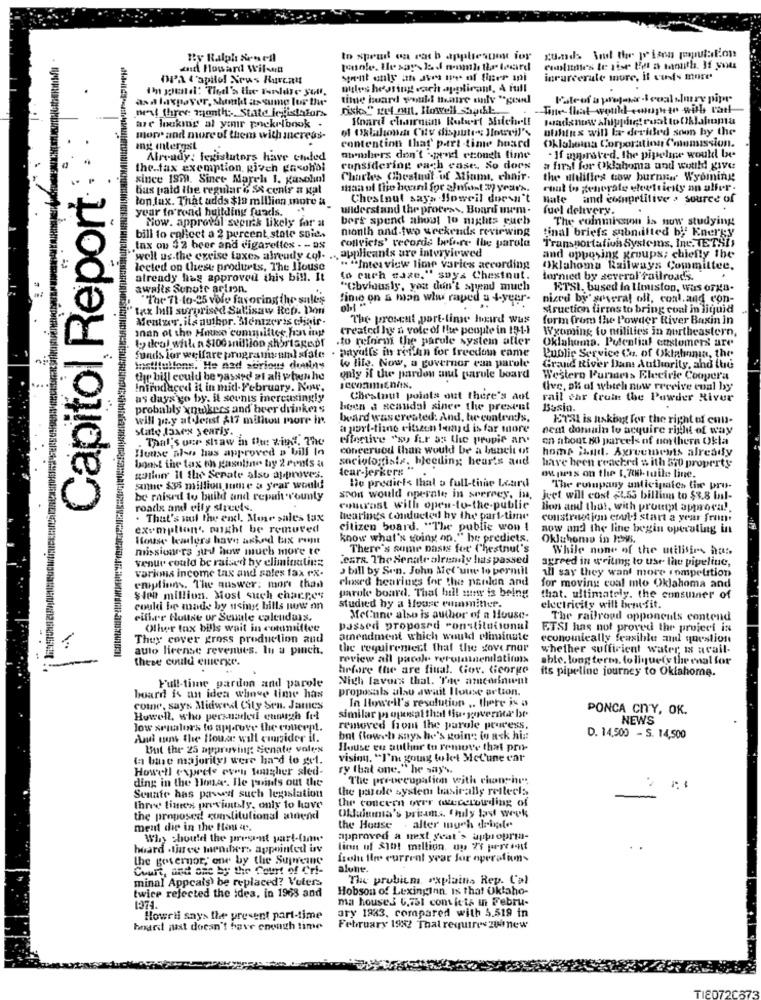
By Ralph Senell
to sprud on rath appliesgost for
guds Soud the prison population
and Howard Wil-en
OP'A l'apilol News Ruveau
inrurcerale mure, il cuts more
Ihn gend: Tied's the Tanlite soll,
oules heating vacht applicant, A full
.
axa laxpayer, shimtid assume for the'
time huard would nentre enly "goud
nedt three months State legistafors
Board chairman Rulvert Shiche !!
loadsnow shippdig! euat to Oklahoma
are looking al your pnekribnok .
of Oklahoma City dispute: Howeil's
uffins will Er devided soon by the
more and more of them with ancress-
Okluboina Corporation Comunsission.
ang intergst
contention that` p.trt-tinte hoard
Already: legislators have ended
atrihers don't -prod enough time
- If ayproved, the pipeline would be
the.tax exemption, given gasohbi
considering each case. So dors
a firal for Oklahoma and would give
since 1979. Since Marel 1. Kasohal
Charles Chestnut of Miami, chair.
the utilities cow burnnw Wyoming
Capitol, Report
bus paid the regular & S& cenie a xal
what to generale electricity an aller.
ton fax. That adds $19 million more &_
Chestnut says Boweil doesn't
Hate and competitive > source of
year to rond building funds ..
understand the process, Board uwm.
fuel dehvery.
.
Now. approval sepunk likely for a
bore spend ahost lo nights euch
The coinmission is now studying
month and-two weekends reviewing
final briefs submitted by Energy
bill to collect a 2 percent state soida
convicts' records before the parola
Transportation Systems, Inc. NETSI
tax ou $2 beer and cigarettes - - as
"well us.the excise taxex already cof. .. applicants are interviewed
and opposing groups; chiefly the
lected on these products, The llouse
.. "Interview lime varies according
Oklahoma Railways Committee,
already has approved this bill. It
to each case." says Chestnut.
tornied by several railroads.
awalls Sunote arlson.
"Obviously, you don't spend much
ETSI, bused In IImiston, Was orga-
"The 71-to-25 vole favoring the sales
finie on & hian whu raped a 4-year-
nixed by sesera! off, conl.and con-
"tax hull surprised Sullisaw Rep. Don
struction firms to bring coal in liquid
Mentwer, ils author. Mentzeris chair .
The prosent part-time herd wus
form from the Powder River Basin in
Inan of the House committee, fen ing
created hy n vole of the people in 191-1
Wyoming to milities in northeastern,
to deal with n $10Ganillion shortageof
.to refrien the parule system after
Oklahoma. Potential customers are
. payults in reisin for freedom came
funds for welfare programyund sfate
Public Service Cu. of Oklahoma, the
Institutions. He nad stirious deifny
io life. Now, a governor ean parole
Grand River Dans Authority, and the
thr bill could be passed at ali whenhe
only if the pardon aul parole board
Western Purmets Elecirie Coopera
Introduced it in mid-February. Now,
jeconmichn.
dive, pi of which now rrevive cual by
as days go by. il seunis increasingly
Chestnut points out there's ant
rail car fruin the Powder River
probably xnw)kers and beer drinkers
been a scandal siner the present
will pay at Jenst A17 million more in.
beard was created: And, he contends.
ETal is hakbyt for the right of con-
state Jasex yearis.
a port-tiane citizen band is far more
nedt domain to acquire righi of way
. That's our shaw in flu: zing. The
effenive "so fur as the propie an
on about 80 parcels of northern Okla
House also has approved a bill In
concerudd than would be a buncit of
homs itud. Agreements already
sociologists. bleeding bear's and
boost the tax th gasoline by 2 Ponts a
tear-jerkers
have been reached $ ith 570 property
goller il the Serate also approves.
le predicts thal o full-time Loard
og puras on the 1. 700-tuile line.
anne $35 million lume a year would
The ruiupany anticipates the pro-
be raised to build and repair v'ounty
spon would operate in seerrey. In,
jeet will cost 2L.53 billion to $3.8 fal-
roads and elfy streets.
contrast with open-to-the-publie
lion and that, with protipt approva !.
. That's sul the end, Mose sales tax
hearing's conducted by the part-time
construction couldi start a year front
exemption', might be removed
citizen board. "The public wow !
now and the line begin operating in
House lealors have asked bx runt
know what's going on,"he predicts.
Oklahoma in HB.
missionres sur'd how much more te
There's some basis for Chestnut's
While none of the utilities has,
venue could be raised by eliminating
.CETR. The Senate already has passed
agreed in writing to use lau pipeline,
varkomis income tax and sales fax ex-
J bill by Sen. John Aicl'une to permil
closed hearings for the panlin and
all say they want more inmpetition
emplions. The answer: more than
parole board. That hill muy is being
for moving cual mlo Oklahoma and
sten million. Most such charge"
that. ultimately. the consumer of
could be made by usht bills now on
studied by a House cumamidler.
electricity will benefit.
either House ur Seuale calcudass.
MeCune also is author of a House-
The railroad opponents contend
Other tax bills wait in committee
passed proposed constitutional
ETSI has not proved the project is
They cover gross production aud
amendment which would eliminate
economically feasible amt question
1
auto license revenues. In a pinch.
the requirement that the governor
whether sufficient water is avail-
these could emerge.
review all pacoles verglainenlatimuss
able, long terms. to liquefy the enal for
hrfore the are final. Gov. George
its pipeline journey to Okiahome.
Nich Favors that. The amcarinient
Full-time pardon and parole
proposals also await Blouse action.
board is an idea whove time has
In Howell's resolution .. there is a
come, says Midwest Cily Sen. James
PONCA CNY, OK.
Howel, who persuaded eunuch fot
similar proposal that fis governtar be
NEWS
low xenalors to approve the concept.
removed from the parole process.
And want the House will consider it.
bnt (loweh says he's going to ask hin
D. 14,500 - S. 14,500
Imit the 25 approving: Senate voles
House eu author to remove that pro-
(a bine majority) were hard to gel.
vising. "I'm going to let Mel'une car
Howell exprele even tougher sled-
ry that one." he say'.
ding in the House. Hle points out the
The preoccupalien with chan hur:
Senate has passed such legislation
the parole systems basically reflects
the concern over quecrowding of
three times previously, only to have
OkJuinmia's prisms. Chily last week
the proposed constitutional atdend
ment die in the Hou a.
the House . alter much debate
Why should the present part-(am.
approved a mext yeat'> appropria-
hoard .three tenders appointed bv
linn of $101 million. a 71 percent
the governor, one by the Supreine
ftelu Iler current year for operatam-
Court, and anc by the Court of Cri-
alune.
minal Appeals) be replaced? Voters
The probicm. "xplains Rep. Cal
twice rejected the idea, in 1968 and
Hobson of Lexington. Is that Oklaho-
ma houses 6.751 convicts in Febru-
ary 1983, compared with 5.519 in
Howril says the present part-time
board just doesn't have enough time
February 1922 That requires zuanew